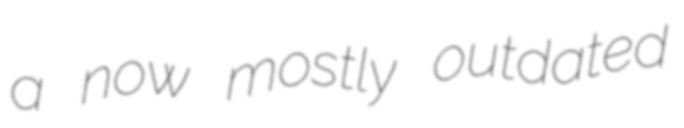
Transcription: a now mostly outdated